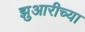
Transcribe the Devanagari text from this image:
झुआरीच्या